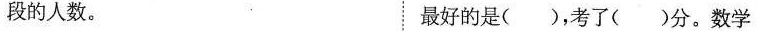
段的人数。 最好的是()，考了()分。数学